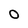
Character: O